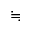
\fallingdotseq